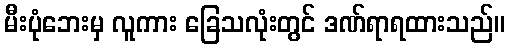
မီးပုံဘေးမှ လူကား ခြေသလုံးတွင် ဒဏ်ရာရထားသည်။